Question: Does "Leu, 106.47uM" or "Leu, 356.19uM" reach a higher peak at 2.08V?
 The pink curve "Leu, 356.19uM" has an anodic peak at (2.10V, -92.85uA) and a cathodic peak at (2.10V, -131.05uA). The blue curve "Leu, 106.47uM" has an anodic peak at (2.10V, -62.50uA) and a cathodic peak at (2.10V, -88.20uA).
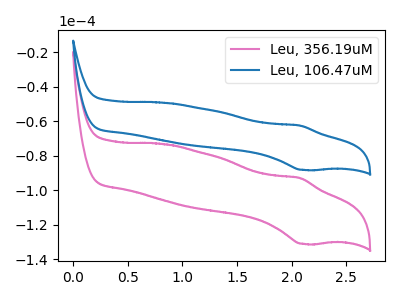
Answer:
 <answer>The peak at 2.08V is higher in "Leu, 106.47uM" than in "Leu, 356.19uM".</answer>
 <eval>higher</eval>